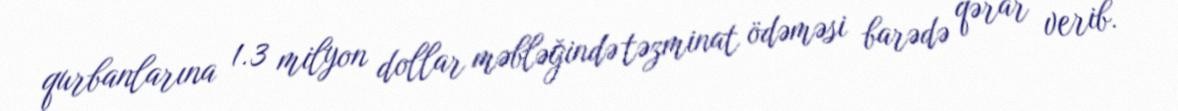
qurbanlarına 1.3 milyon dollar məbləğində təzminat ödəməsi barədə qərar verib.